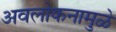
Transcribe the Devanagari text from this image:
अवलोकनामुळे